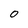
Character: 0